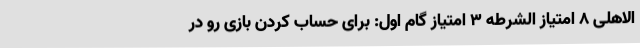
الاهلی ۸ امتیاز الشرطه ۳ امتیاز گام اول: برای حساب کردن بازی رو در